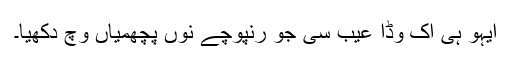
ایہو ہی اک وڈا عیب سی جو رنپوچے نوں پچھمیاں وچ دکھیا۔